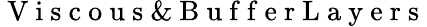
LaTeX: \mathrm{~V~i~s~c~o~u~s~\& ~B~u~f~f~e~r~L~a~y~e~r~s~}